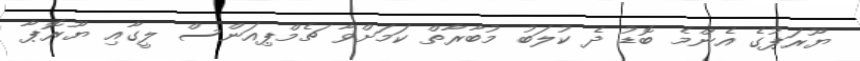
ޔޫރަޕުގެ އެންމެ ބޮޑު ދެ ކުލަބު މުބާރާތް ކަމަށްވާ ޗެމްޕިއަންސް ލީގާއި ޔޫރޮޕާ